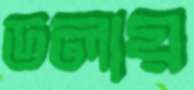
ডলায়